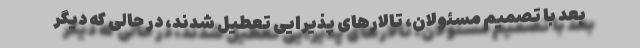
بعد با تصمیم مسئولان، تالارهای پذیرایی تعطیل شدند، در حالی که دیگر